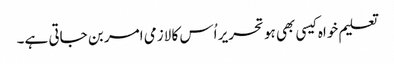
تعلیم خواہ کیسی بھی ہو تحریر اُس کا لازمی امر بن جاتی ہے۔